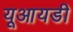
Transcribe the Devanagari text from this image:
यूआयडी